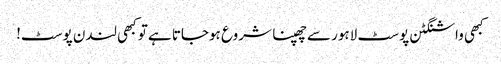
کبھی واشنگٹن پوسٹ لاہور سے چھپنا شروع ہوجاتا ہےتو کبھی لندن پوسٹ!